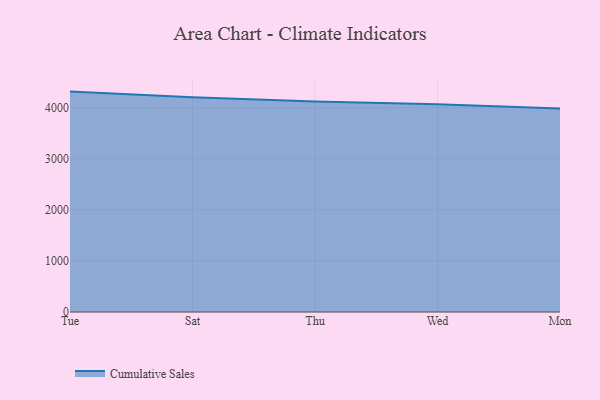
{"axis": {"x": "Day", "y": "Humidity (%)"}, "legend": ["Cumulative Sales"], "data": [{"x": "Tue", "y": 4313.4, "type": "Cumulative Sales"}, {"x": "Sat", "y": 4203.4, "type": "Cumulative Sales"}, {"x": "Thu", "y": 4119.5, "type": "Cumulative Sales"}, {"x": "Wed", "y": 4063.7, "type": "Cumulative Sales"}, {"x": "Mon", "y": 3983.8, "type": "Cumulative Sales"}]}